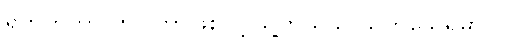
ရဘက်ကာ ဟာ ဘာဖြစ်လို့ သူ့ကိုယ်သူ သတ်သေရမှာလဲ။